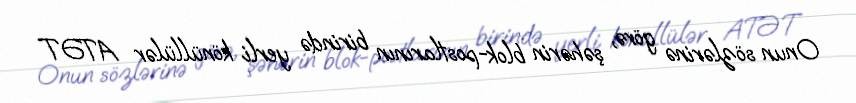
Onun sözlərinə görə, şəhərin blok-postlarının birində yerli könüllülər ATƏT